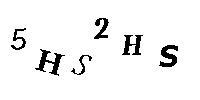
5HS2HS